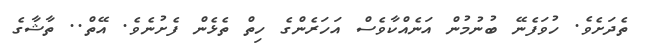
ތެދަށެވެ. ހުވަފެނޭ ބުނުމުން އަނެއްކާވެސް އަހަރެންގެ ހިތް ތެޅެން ފެށުނެވެ. އޭތް.. ތާޝާގެ